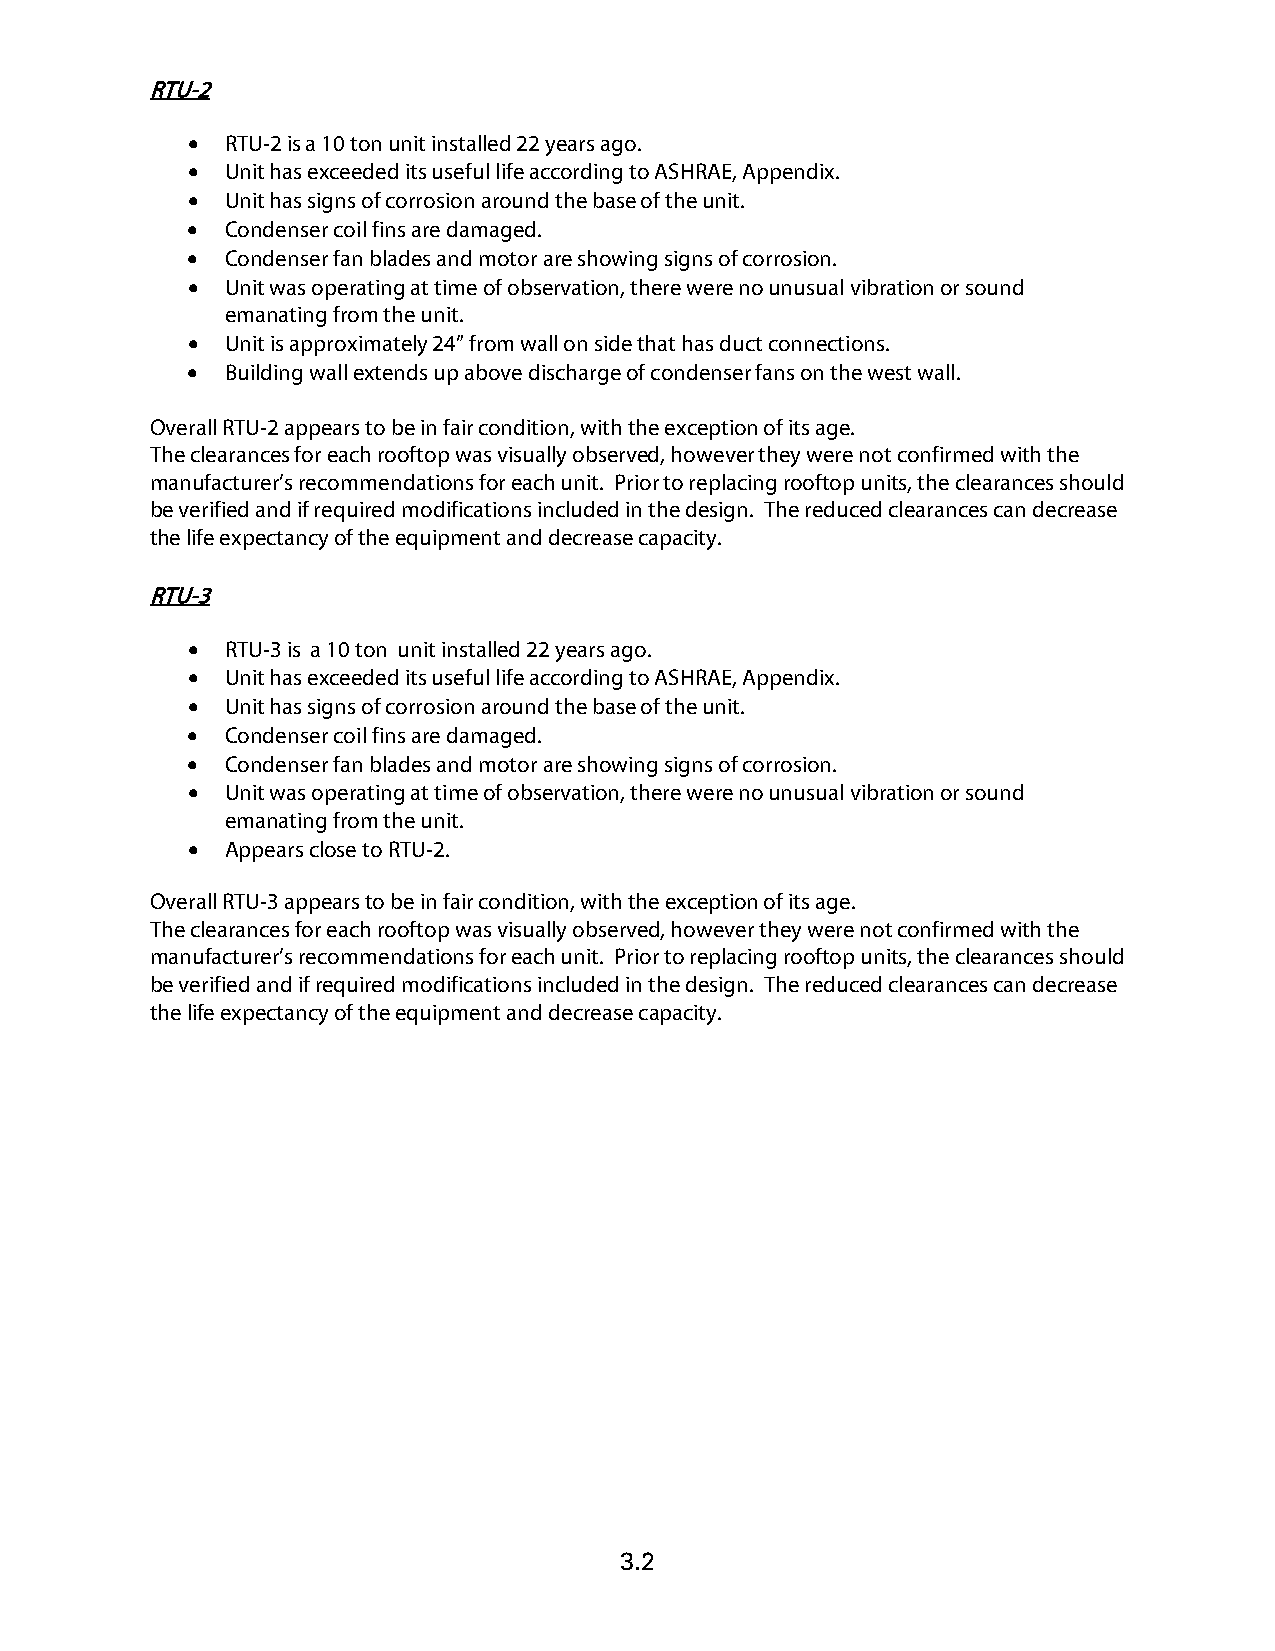
RTU-2
 •  RTU-2 is a 10 ton unit installed 22 years ago.
 •  Unit has exceeded its useful life according to ASHRAE, Appendix.
 •  Unit has signs of corrosion around the base of the unit.
 •  Condenser coil fins are damaged.
 •  Condenser fan blades and motor are showing signs of corrosion.
 •  Unit was operating at time of observation, there were no unusual vibration or sound
 emanating from the unit.
 •  Unit is approximately 24” from wall on side that has duct connections.
 •  Building wall extends up above discharge of condenser fans on the west wall.
 Overall RTU-2 appears to be in fair condition, with the exception of its age.
 The clearances for each rooftop was visually observed, however they were not confirmed with the
 manufacturer’s recommendations for each unit. Prior to replacing rooftop units, the clearances should
 be verified and if required modifications included in the design. The reduced clearances can decrease
 the life expectancy of the equipment and decrease capacity.
 RTU-3
 •  RTU-3 is a 10 ton unit installed 22 years ago.
 •  Unit has exceeded its useful life according to ASHRAE, Appendix.
 •  Unit has signs of corrosion around the base of the unit.
 •  Condenser coil fins are damaged.
 •  Condenser fan blades and motor are showing signs of corrosion.
 •  Unit was operating at time of observation, there were no unusual vibration or sound
 emanating from the unit.
 •  Appears close to RTU-2.
 Overall RTU-3 appears to be in fair condition, with the exception of its age.
 The clearances for each rooftop was visually observed, however they were not confirmed with the
 manufacturer’s recommendations for each unit. Prior to replacing rooftop units, the clearances should
 be verified and if required modifications included in the design. The reduced clearances can decrease
 the life expectancy of the equipment and decrease capacity.
 3.2